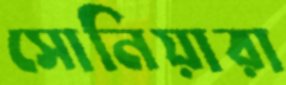
সোনিয়ারা